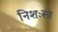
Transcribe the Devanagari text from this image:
निशःस्त्र